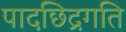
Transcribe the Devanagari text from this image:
पादछिद्रगति